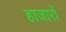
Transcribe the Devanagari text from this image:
हाजारों